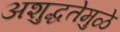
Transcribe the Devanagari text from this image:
अशुद्धतेमुळे